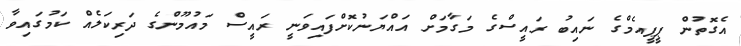
އެގޮތުން ޕީޕީއެމްގެ ނައިބު ރައީސްގެ މަގާމަށް އައްޔަނުކޮށްފައިވަނީ ރައީސް މައުމޫންގެ ދަރިކަލެއް ކަމުގައިވާ